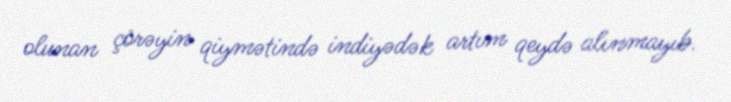
olunan çörəyin qiymətində indiyədək artım qeydə alınmayıb.